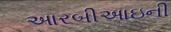
આરબીઆઇની